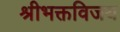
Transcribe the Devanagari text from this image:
श्रीभक्तविजय